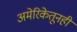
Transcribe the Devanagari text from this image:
अमेरिकेतूनही